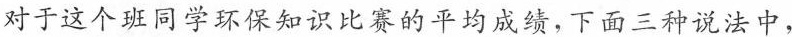
对于这个班同学环保知识比赛的平均成绩，下面三种说法中，